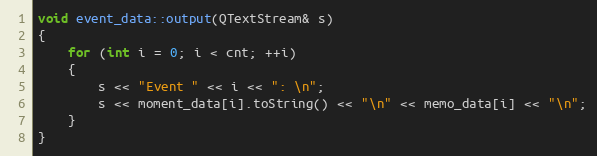
Language: C++
void event_data::output(QTextStream& s)
{
    for (int i = 0; i < cnt; ++i)
    {
        s << "Event " << i << ": \n";
        s << moment_data[i].toString() << "\n" << memo_data[i] << "\n";
    }
}